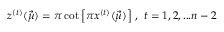
z ^ { ( t ) } ( \vec { \mu } ) = \pi \cot \left[ \pi x ^ { ( t ) } ( \vec { \mu } ) \right] \, , \, \, t = 1 , 2 , . . . n - 2 \,